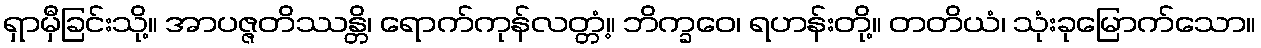
ရှာမှီခြင်းသို့။ အာပဇ္ဇတိဿန္တိ၊ ရောက်ကုန်လတ္တံ့။ ဘိက္ခဝေ၊ ရဟန်းတို့။ တတိယံ၊ သုံးခုမြောက်သော။